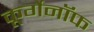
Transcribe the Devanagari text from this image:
कूर्गेनॉफ